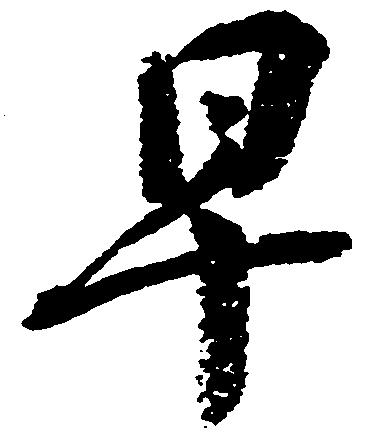
早